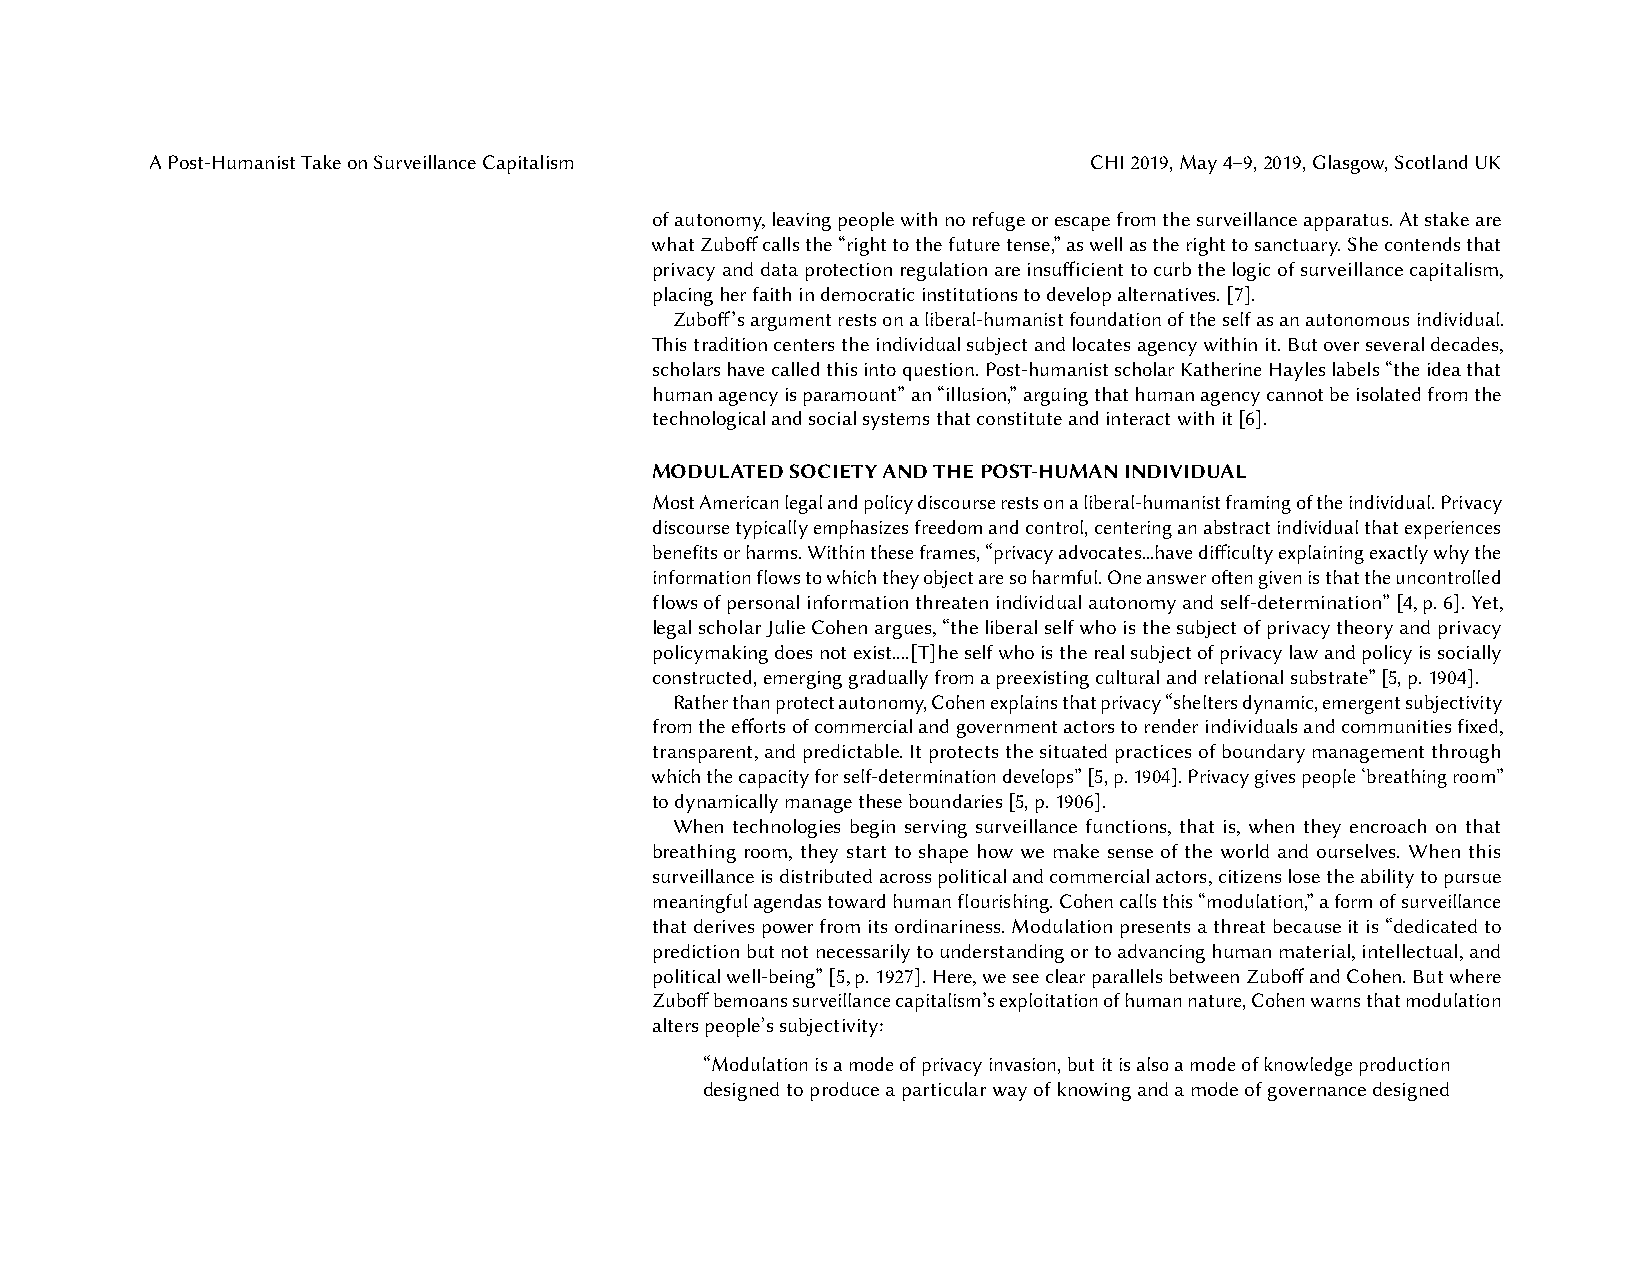
APost-HumanistTakeonSurveillanceCapitalism                    CHI2019,May4–9,2019,Glasgow,ScotlandUK
 ofautonomy,leavingpeoplewithnorefugeorescapefromthesurveillanceapparatus.Atstakeare
 whatZuboffcallsthe“righttothefuturetense,”aswellastherighttosanctuary.Shecontendsthat
 privacyanddataprotectionregulationareinsufficienttocurbthelogicofsurveillancecapitalism,
 placingherfaithindemocraticinstitutionstodevelopalternatives.[7].
 Zuboff’sargumentrestsonaliberal-humanistfoundationoftheselfasanautonomousindividual.
 Thistraditioncenterstheindividualsubjectandlocatesagencywithinit.Butoverseveraldecades,
 scholarshavecalledthisintoquestion.Post-humanistscholarKatherineHayleslabels“theideathat
 humanagencyisparamount”an“illusion,”arguingthathumanagencycannotbeisolatedfromthe
 technologicalandsocialsystemsthatconstituteandinteractwithit[6].
 MODULATEDSOCIETYANDTHEPOST-HUMANINDIVIDUAL
 MostAmericanlegalandpolicydiscourserestsonaliberal-humanistframingoftheindividual.Privacy
 discoursetypicallyemphasizesfreedomandcontrol,centeringanabstractindividualthatexperiences
 benefitsorharms.Withintheseframes,“privacyadvocates...havedifficultyexplainingexactlywhythe
 informationflowstowhichtheyobjectaresoharmful.Oneansweroftengivenisthattheuncontrolled
 flowsofpersonalinformationthreatenindividualautonomyandself-determination”[4,p.6].Yet,
 legalscholarJulieCohenargues,“theliberalselfwhoisthesubjectofprivacytheoryandprivacy
 policymakingdoesnotexist....[T]heselfwhoistherealsubjectofprivacylawandpolicyissocially
 constructed,emerginggraduallyfromapreexistingculturalandrelationalsubstrate”[5,p.1904].
 Ratherthanprotectautonomy,Cohenexplainsthatprivacy“sheltersdynamic,emergentsubjectivity
 fromtheeffortsofcommercialandgovernmentactorstorenderindividualsandcommunitiesfixed,
 transparent,andpredictable.Itprotectsthesituatedpracticesofboundarymanagementthrough
 whichthecapacityforself-determinationdevelops”[5,p.1904].Privacygivespeople‘breathingroom”
 todynamicallymanagetheseboundaries[5,p.1906].
 When technologies begin serving surveillance functions, that is, when they encroach on that
 breathing room, they start to shape how we make sense of the world and ourselves. When this
 surveillanceisdistributedacrosspoliticalandcommercialactors,citizenslosetheabilitytopursue
 meaningfulagendastowardhumanflourishing.Cohencallsthis“modulation,”aformofsurveillance
 thatderivespowerfromitsordinariness.Modulationpresentsathreatbecauseitis“dedicatedto
 predictionbutnotnecessarilytounderstandingortoadvancinghumanmaterial,intellectual,and
 politicalwell-being”[5,p.1927].Here,weseeclearparallelsbetweenZuboffandCohen.Butwhere
 Zuboffbemoanssurveillancecapitalism’sexploitationofhumannature,Cohenwarnsthatmodulation
 alterspeople’ssubjectivity:
 “Modulationisamodeofprivacyinvasion,butitisalsoamodeofknowledgeproduction
 designedtoproduceaparticularwayofknowingandamodeofgovernancedesigned